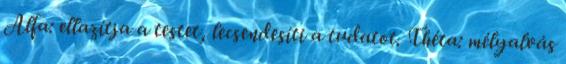
Alfa: ellazítja a testet, lecsendesíti a tudatot. Théta: mélyalvás